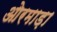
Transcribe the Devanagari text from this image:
ओरमाड़ा